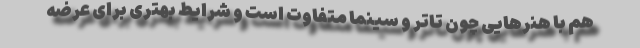
هم با هنرهایی چون تاتر و سینما متفاوت است و شرایط بهتری برای عرضه